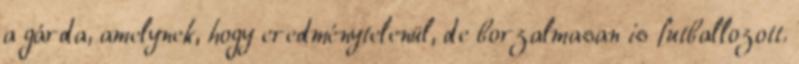
a gárda, amelynek, hogy eredménytelenül, de borzalmasan is futballozott.